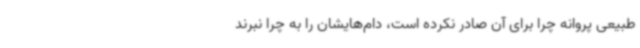
طبیعی پروانه چرا برای آن صادر نکرده‌ است، دام‌هایشان را به چرا نبرند